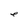
Character: e